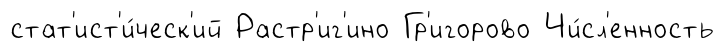
стат'ист'и́ческ'ий Растр'иг'ино Гр'игорово Чи́сл'енность